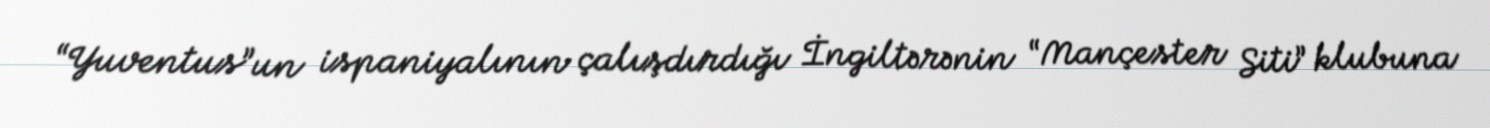
“Yuventus”un ispaniyalının çalışdırdığı İngiltərənin “Mançester Siti” klubuna